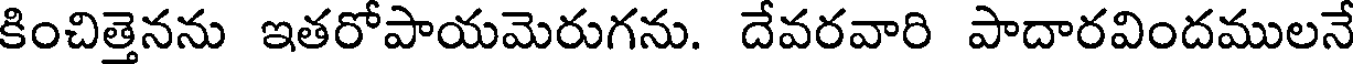
కించిత్తెనను ఇతరోపాయమెరుగను. దేవరవారి పాదారవిందములనే